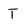
Character: T